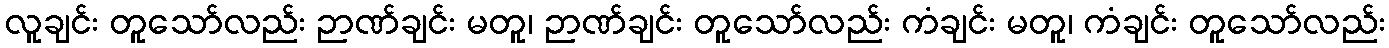
လူချင်း တူသော်လည်း ဉာဏ်ချင်း မတူ၊ ဉာဏ်ချင်း တူသော်လည်း ကံချင်း မတူ၊ ကံချင်း တူသော်လည်း